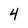
Character: 4